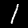
Label: 1